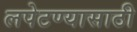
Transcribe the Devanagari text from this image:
लपेटण्यासाठी